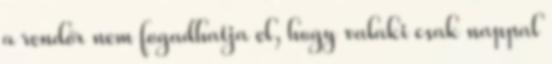
a rendőr nem fogadhatja el, hogy valaki csak nappal